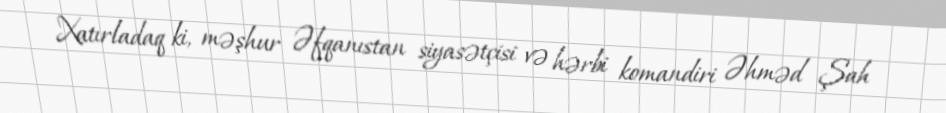
Xatırladaq ki, məşhur Əfqanıstan siyasətçisi və hərbi komandiri Əhməd Şah